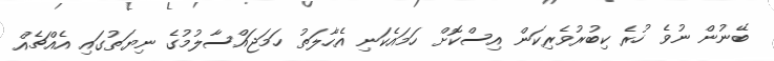
ބޭނުން ނުވެ ހުރެ ކިބުރުވެރިކަން އިސްކޮށް ހަމައެކަނި އެހާލަތު ހަމަޖައްސާލުމުގެ ނިޔަތުގައި އެއްޗެއް